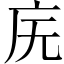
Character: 庑